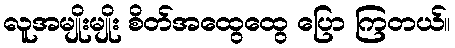
လူအမျိုးမျိုး စိတ်အထွေထွေ ပြော ကြတယ်။